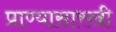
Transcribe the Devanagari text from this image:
प्राण्यासारखी